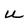
Character: u